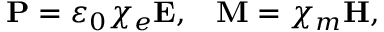
\mathbf { P } = \varepsilon _ { 0 } \chi _ { e } \mathbf { E } , \; \; \; \mathbf { M } = \chi _ { m } \mathbf { H } ,